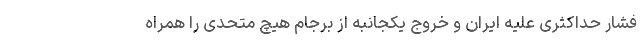
فشار حداکثری علیه ایران و خروج یکجانبه از برجام هیچ متحدی را همراه